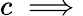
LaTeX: c\implies